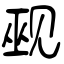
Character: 觋